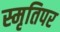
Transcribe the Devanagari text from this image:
स्मृतिपर